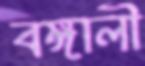
বঙ্গালী